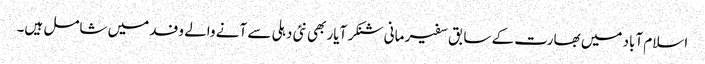
اسلام آباد میں بھارت کے سابق سفیر مانی شنکر آیار بھی نئی دہلی سے آنے والے وفد میں شامل ہیں۔